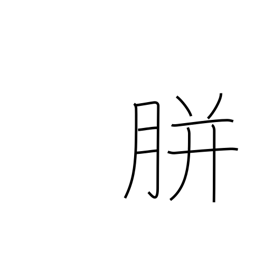
Meaning: corn